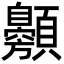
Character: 䫵